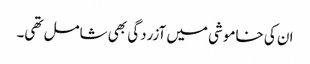
ان کی خاموشی میں آزردگی بھی شامل تھی۔